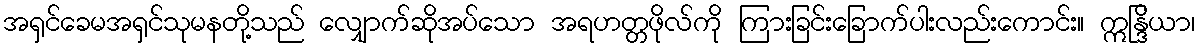
အရှင်ခေမအရှင်သုမနတို့သည် လျှောက်ဆိုအပ်သော အရဟတ္တဖိုလ်ကို ကြားခြင်းခြောက်ပါးလည်းကောင်း။ ဣန္ဒြိယာ၊